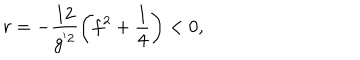
r = - \frac { 1 2 } { g ^ { ' 2 } } \left( f ^ { 2 } + \frac { 1 } { 4 } \right) < 0 ,